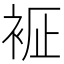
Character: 𧙼